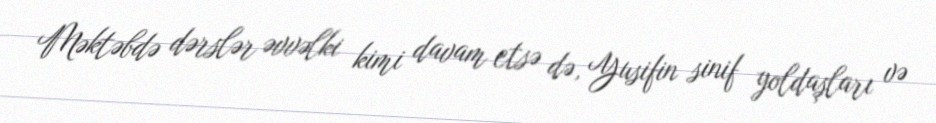
Məktəbdə dərslər əvvəlki kimi davam etsə də, Yusifin sinif yoldaşları və